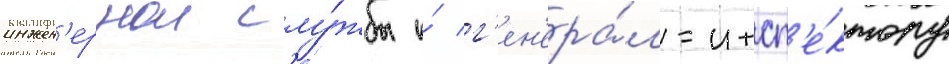
инжен'ернои слу́жбы и́ г'ен'ера́л-инсп'е́ктору